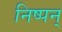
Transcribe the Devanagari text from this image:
निष्पन्